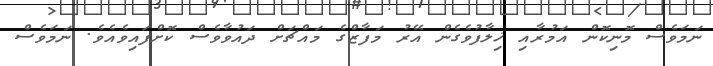
ނަމަވެސް މޮނިކޮން އަމުރާއި ޚިލާފުވެގެން އޭރު މަފާޒްގެ މައްޗަށް ދައުވާވެސް ކޮށްފައިވެއެވެ. ނަމަވެސް